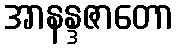
အာနန္ဒဇာတော